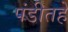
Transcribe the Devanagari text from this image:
पंडीतहे